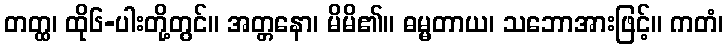
တတ္ထ၊ ထို၆-ပါးတို့တွင်။ အတ္တနော၊ မိမိ၏။ ဓမ္မတာယ၊ သဘောအားဖြင့်။ ကတံ၊